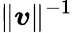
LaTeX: \lVert\boldsymbol{v}\rVert^{-1}